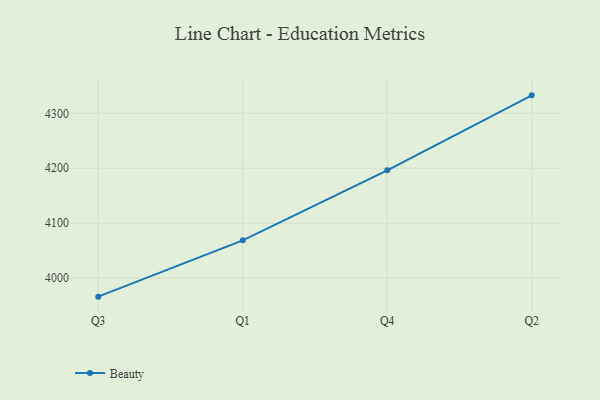
{"axis": {"x": "Quarter", "y": "Humidity (%)"}, "legend": ["Beauty"], "data": [{"x": "Q3", "y": 3966.0, "type": "Beauty"}, {"x": "Q1", "y": 4068.6, "type": "Beauty"}, {"x": "Q4", "y": 4196.2, "type": "Beauty"}, {"x": "Q2", "y": 4332.7, "type": "Beauty"}]}